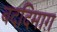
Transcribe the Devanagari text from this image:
बददिमाग़